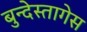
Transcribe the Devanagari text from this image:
बुन्देस्तागेस